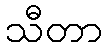
သီတာ